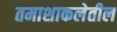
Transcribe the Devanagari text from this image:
तमाशाकलेतील